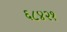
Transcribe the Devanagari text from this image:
६८४२१